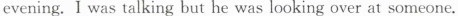
evening.I was talking but he was looking over at someone.